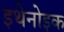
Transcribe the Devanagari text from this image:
इथेनोइक